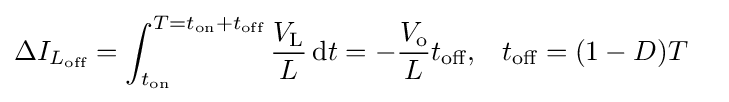
{\begin{aligned}\Delta I_{L_{\text{off}}}&=\int _{t_{\text{on}}}^{T=t_{\text{on}}+t_{\text{off}}}{\frac {V_{\text{L}}}{L}}\,\mathrm {d} t=-{\frac {V_{\text{o}}}{L}}t_{\text{off}},&t_{\text{off}}&=(1-D)T\end{aligned}}